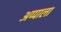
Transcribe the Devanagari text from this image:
अप्पाला